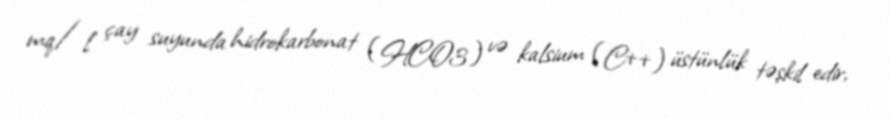
mq/l çay suyunda hidrokarbonat (HCO3) və kalsium (C++) üstünlük təşkil edir,